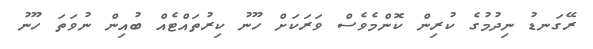
ރޭގަނޑު ނިދުމުގެ ކުރިން ކޮންމެވެސް ވަރަކަށް ހޫނު ކިރުތައްޓެއް ބުއިން ނުވަތަ ހޫނު